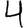
Digit: 4